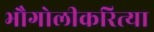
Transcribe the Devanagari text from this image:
भौगोलीकरित्या